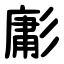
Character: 㣑